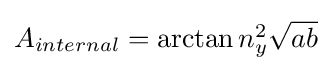
{\textstyle A_{internal}=\arctan n_{y}^{2}{\sqrt {ab}}}